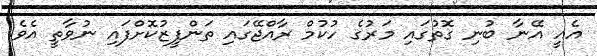
އެއީ އޭނާ ބުނި ގޮތުގައި މަރުގެ ހުކުމް ރާއްޖޭގައި ތަންފީޒުކޮށްފައި ނުވާތީ އެވެ.